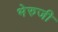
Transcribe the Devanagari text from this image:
भेरुजी